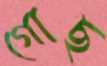
গোছ